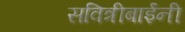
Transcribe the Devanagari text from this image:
सवित्रीबाईंनी